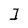
Character: 1